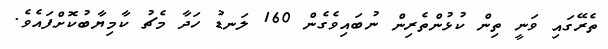
ތެރޭގައި ވަނީ ތިން ކުޅުންތެރިން ނުބައިވެގެން 160 ލަނޑު ހަދާ މެޗު ކާމިޔާބުކޮށްފައެވެ.